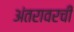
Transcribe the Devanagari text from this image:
अंतरावरची